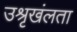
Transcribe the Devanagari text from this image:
उश्रृखंलता